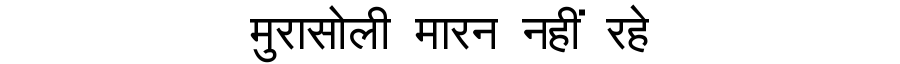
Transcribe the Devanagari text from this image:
मुरासोली मारन नहीं रहे